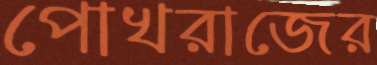
পোখরাজের